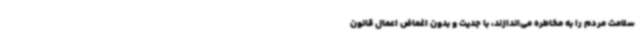
سلامت مردم را به مخاطره می‌اندازند، با جدیت و بدون اغماض اعمال قانون